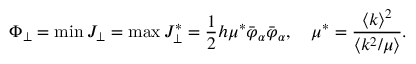
\Phi _ { \perp } = \operatorname* { m i n } J _ { \perp } = \operatorname* { m a x } J _ { \perp } ^ { * } = \frac { 1 } { 2 } h \mu ^ { * } \bar { \varphi } _ { \alpha } \bar { \varphi } _ { \alpha } , \quad \mu ^ { * } = \frac { \langle k \rangle ^ { 2 } } { \langle k ^ { 2 } / \mu \rangle } .